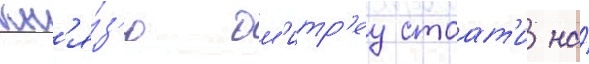
кн'я́з'ю дм'итр'еу стоат'и на́